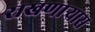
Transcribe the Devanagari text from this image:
राखणाऱ्यास